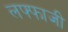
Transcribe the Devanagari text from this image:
लफ्फाजी